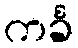
ကင်္ခ